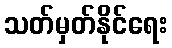
သတ်မှတ်နိုင်ရေး